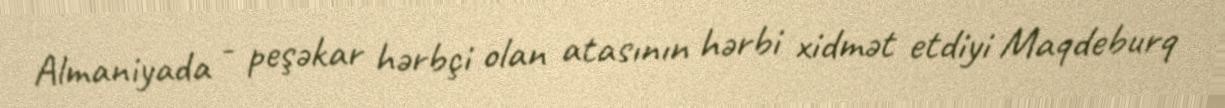
Almaniyada - peşəkar hərbçi olan atasının hərbi xidmət etdiyi Maqdeburq